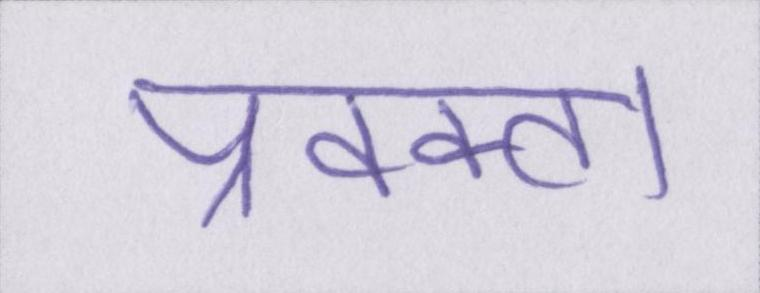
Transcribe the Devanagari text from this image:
प्रवक्ता